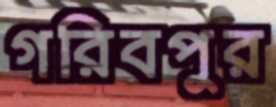
গরিবপুর